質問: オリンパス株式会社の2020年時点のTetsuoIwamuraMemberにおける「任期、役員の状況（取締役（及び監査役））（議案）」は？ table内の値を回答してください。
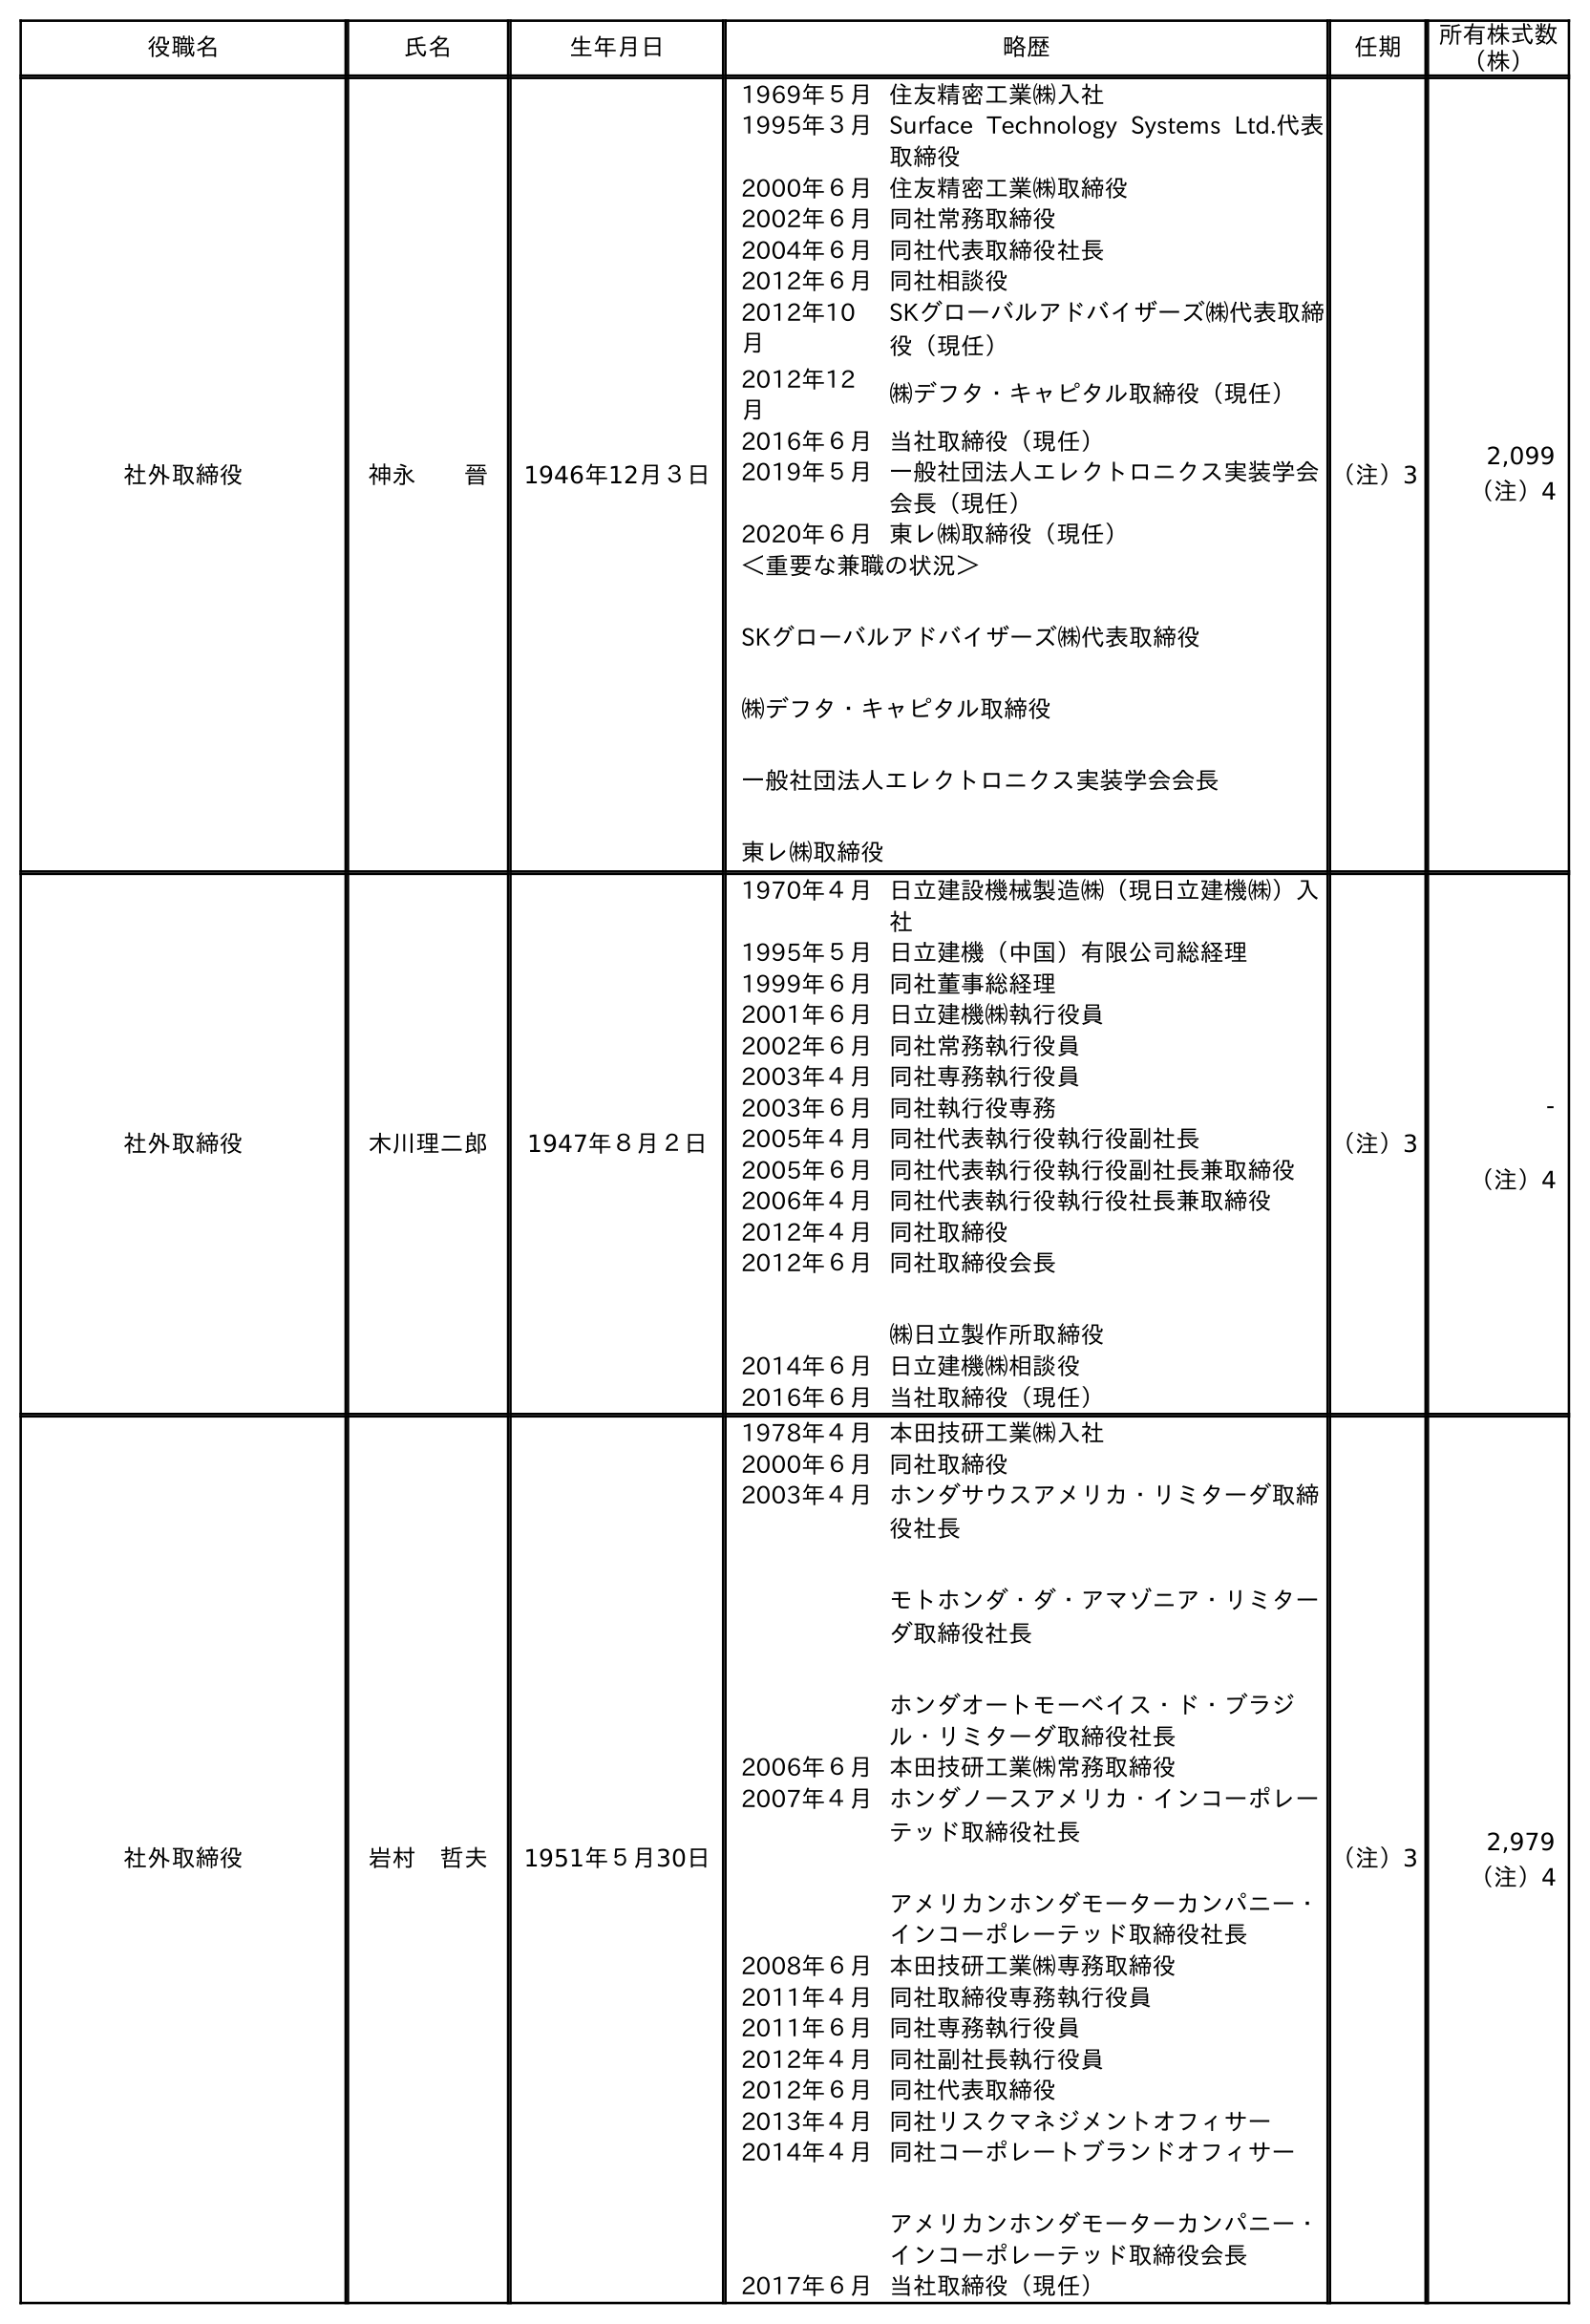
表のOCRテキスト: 役職名 氏名 生年月日 略歴 任期 所有株式数 （株） 社外取締役 神永  晉 1946年12月３日 1969年５月住友精密工業㈱入社 1995年３月Surface Technology Systems Ltd.代表 取締役 2000年６月住友精密工業㈱取締役 2002年６月同社常務取締役 2004年６月同社代表取締役社長 2012年６月同社相談役 2012年10 月 SKグローバルアドバイザーズ㈱代表取締 役（現任） 2012年12 月 ㈱デフタ・キャピタル取締役（現任） 2016年６月当社取締役（現任） 2019年５月一般社団法人エレクトロニクス実装学会 会長（現任） 2020年６月東レ㈱取締役（現任） ＜重要な兼職の状況＞ SKグローバルアドバイザーズ㈱代表取締役 ㈱デフタ・キャピタル取締役 一般社団法人エレクトロニクス実装学会会長 東レ㈱取締役 （注）3 2,099 （注）4 社外取締役 木川理二郎 1947年８月２日 1970年４月日立建設機械製造㈱（現日立建機㈱）入 社 1995年５月日立建機（中国）有限公司総経理 1999年６月同社董事総経理 2001年６月日立建機㈱執行役員 2002年６月同社常務執行役員 2003年４月同社専務執行役員 2003年６月同社執行役専務 2005年４月同社代表執行役執行役副社長 2005年６月同社代表執行役執行役副社長兼取締役 2006年４月同社代表執行役執行役社長兼取締役 2012年４月同社取締役 2012年６月同社取締役会長 ㈱日立製作所取締役 2014年６月日立建機㈱相談役 2016年６月当社取締役（現任） （注）3 - （注）4 社外取締役 岩村 哲夫 1951年５月30日 1978年４月本田技研工業㈱入社 2000年６月同社取締役 2003年４月ホンダサウスアメリカ・リミターダ取締 役社長 モトホンダ・ダ・アマゾニア・リミター ダ取締役社長 ホンダオートモーベイス・ド・ブラジ ル・リミターダ取締役社長 2006年６月本田技研工業㈱常務取締役 2007年４月ホンダノースアメリカ・インコーポレー テッド取締役社長 アメリカンホンダモーターカンパニー・ インコーポレーテッド取締役社長 2008年６月本田技研工業㈱専務取締役 2011年４月同社取締役専務執行役員 2011年６月同社専務執行役員 2012年４月同社副社長執行役員 2012年６月同社代表取締役 2013年４月同社リスクマネジメントオフィサー 2014年４月同社コーポレートブランドオフィサー アメリカンホンダモーターカンパニー・ インコーポレーテッド取締役会長 2017年６月当社取締役（現任） （注）3 2,979 （注）4
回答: （注）3